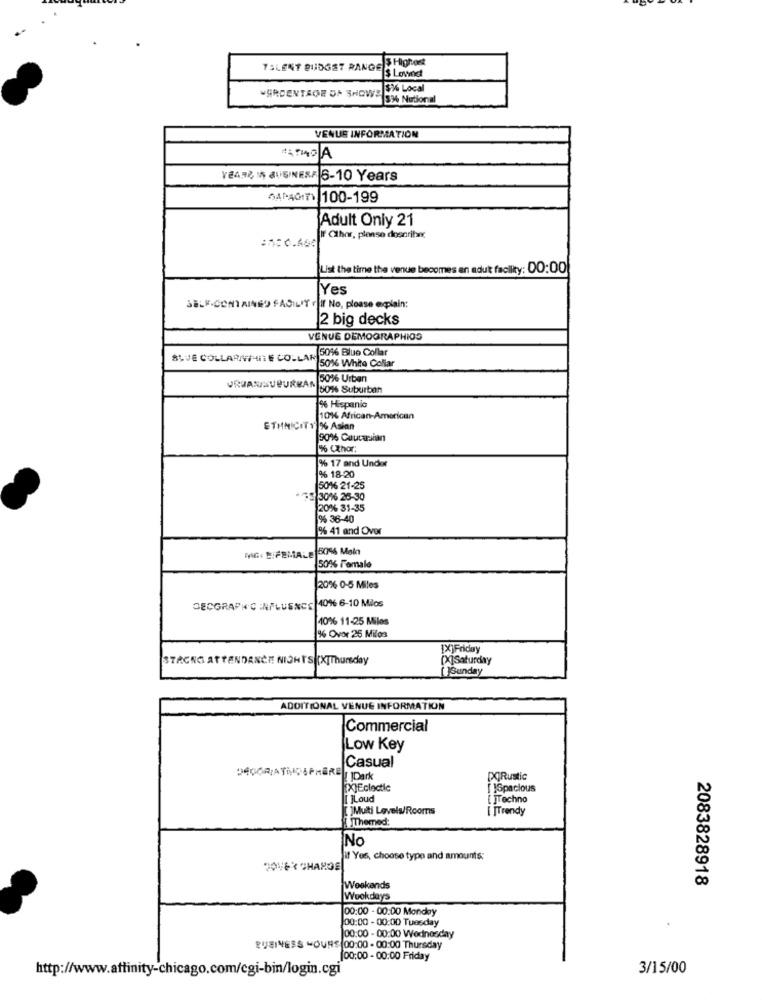
S Highest
TALENT BUDGET RANGE
S Lowod
3%% Local
GROENTAGE 5A SHOWER
5% National
VENUE INFORMATION
VEARZ IN BUSINESS 6-10 Years
5A401 100-199
Adult Only 21
:150.460
If Cthor, please describe
List the time the venue becomes an adut facility: 00:00
Yes
SELF-CONTAINED FACILIT F If No, please explain:
2 big decks
VENUE DEMOGRAPHICS
50% Blue Collar
BLUE COLLARINIMITE COLLAR
50% White Collar
URIANISUBURBAN
50% Urban
5016 Suburban
% Hispanic
10%% African-American
ETHNICITY % Asian
90% Caucarslan
% Uthor:
% 17 and Under
% 18-20
50% 21-25
55 30% 25-30
20% 31-35
9% 36-40
% 41 and Over
MG. B/FEMALE 5046 Main
50% Female
20% 0-5 Miles
SECGRAPHIC INFLUENCE 40%6-10 Milos
40% 11-25 Miles
% Over 25 Miles
[X]Friday
[X]Saturday
STAGNO ATTENDANCE NIGHT'S XThursday
[ ]Sunday
ADDITIONAL VENUE INFORMATION
Commercial
Low Key
Casual
DADORIATMOSPHÄRE|Dark
DORustic
XJEclectic
[ ]Spacious
[ ]Loud
[ ]Techno
[ ]Multi Levels/Rooms
[ ]Trendy
INO
if Yes, choose type and amounts:
2083828918
Weekends
Weekdays
00:00 - 00:00 Monday
00:00 - 00:00 Tuesday
00:00 - 00:00 Wednesday
BUSINESS HOURS 00:00 - 00:00 Thursday
(00:00 - 00:00 Friday
http://www.affinity-chicago.com/cgi-bin/login.cgi
3/15/00